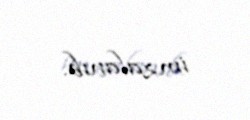
imzalanıb.